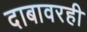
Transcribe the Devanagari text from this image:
दाबावरही